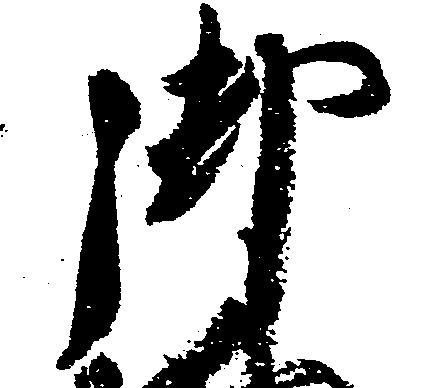
御